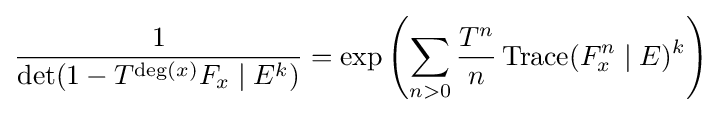
{\frac {1}{\det(1-T^{\deg(x)}F_{x}\mid E^{k})}}=\exp \left(\sum _{n>0}{\frac {T^{n}}{n}}\operatorname {Trace} (F_{x}^{n}\mid E)^{k}\right)